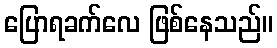
ပြောရခက်လေ ဖြစ်နေသည်။